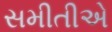
સમીતીએ